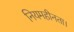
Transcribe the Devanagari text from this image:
नियमहीनता।